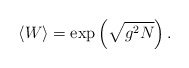
\begin{align*}\langle W \rangle = \exp \left( \sqrt{g^2 N} \right) .\end{align*}